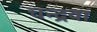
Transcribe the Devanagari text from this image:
चन्द्रवा